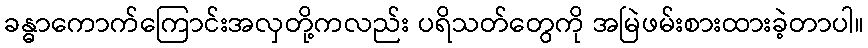
ခန္ဓာကောက်ကြောင်းအလှတို့ကလည်း ပရိသတ်တွေကို အမြဲဖမ်းစားထားခဲ့တာပါ။